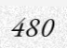
480